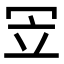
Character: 𠖃